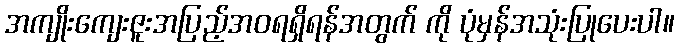
အကျိုးကျေးဇူးအပြည့်အဝရရှိရန်အတွက် ကို ပုံမှန်အသုံးပြုပေးပါ။